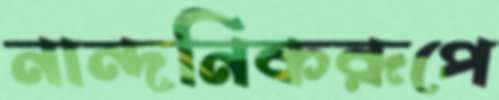
নান্দনিকরূপে